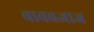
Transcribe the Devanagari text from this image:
बाबबजाज